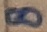
Text: 8